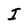
Character: I